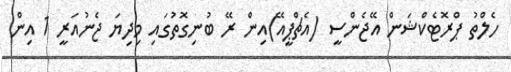
ހެލްތު ޕްރޮޓެކްޝަން އޭޖެންސީ (އެޗްޕީއޭ)އިން ރޭ ބުނިގޮތުގައި މިދިޔަ ޖެނުއަރީ 1 އިން